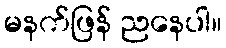
မနက်ဖြန် ညနေပါ။